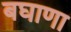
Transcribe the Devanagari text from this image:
बघाणा